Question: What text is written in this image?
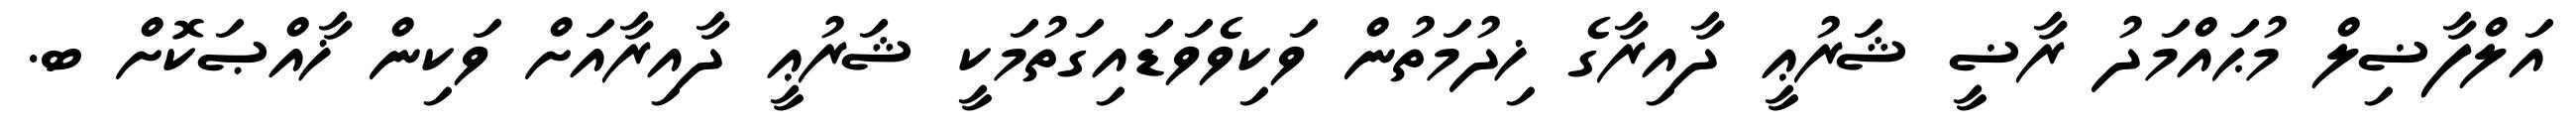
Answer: އަލްފާޟިލް މުޙައްމަދު ރާޟީ ޝަރުޢީ ދާއިރާގެ ޚިދުމަތުން ވަކިވެވަޑައިގަތުމަކީ ޝަރުޢީ ދާއިރާއަށް ވަކިން ޚާއްޞަކޮށް ބ.